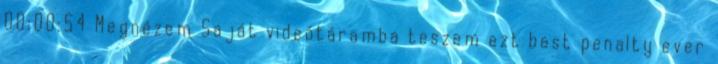
00:00:54 Megnézem Saját videótáramba teszem ezt best penalty ever